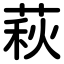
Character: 萩